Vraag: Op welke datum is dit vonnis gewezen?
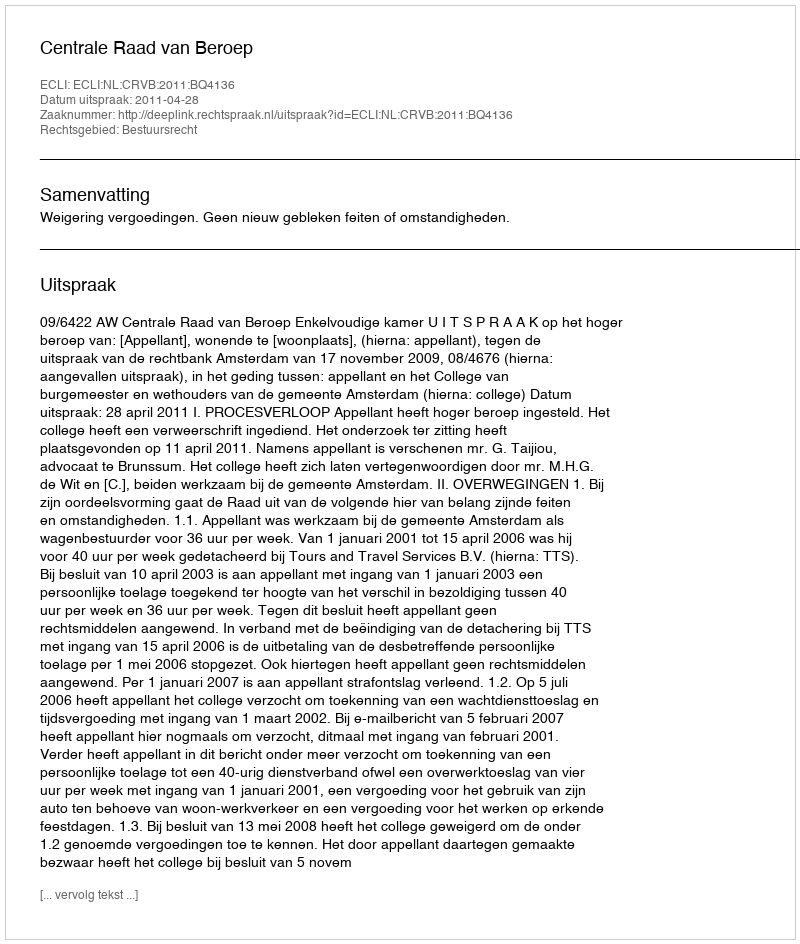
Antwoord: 2011-04-28